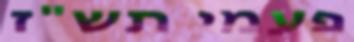
פעמי תש"ז